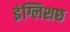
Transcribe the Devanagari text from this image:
इंग्लिशछ